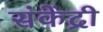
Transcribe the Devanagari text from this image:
संकेंद्री